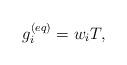
LaTeX: \begin{align*}g_i^{(eq)} = {{w}_i}T,\end{align*}